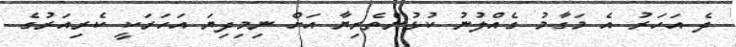
ދެ އަހަރު އެ މަގާމު ގެއްލުނު ކުޅުންތެރިޔާ އަށް ނިމިދިޔަ އަހަރަކީ ކެރިއަރުގެ